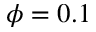
\phi = 0 . 1